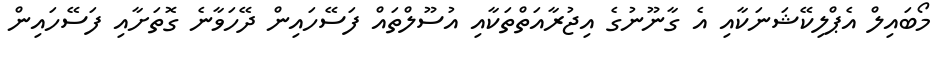
މޯބައިލް އެޕްލިކޭޝަނަކާއި އެ ގާނޫނުގެ އިޖުރާއަތްތަކާއި އުސޫލްތައް ފަސޭހައިން ދޭހަވާނެ ގޮތަށާއި ފަސޭހައިން